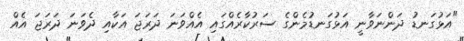
"އަޅުގަނޑު ދަންނަވާނީ އަޅުގަނޑުމެންގެ ސަރުކާރެއްގައި އެއްވަނަ ދަރަޖަ އަކާއި ދެވަނަ ދަރަޖަ އެއް